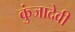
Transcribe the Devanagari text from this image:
कुंजादेवी